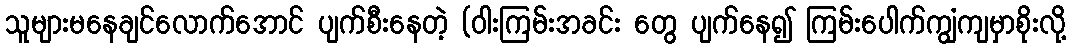
သူများမနေချင်လောက်အောင် ပျက်စီးနေတဲ့ (ဝါးကြမ်းအခင်း တွေ ပျက်နေ၍ ကြမ်းပေါက်ကျွံကျမှာစိုးလို့